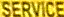
SERVICE